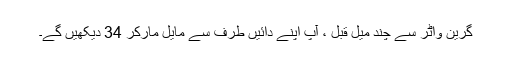
گرین واٹر سے چند میل قبل ، آپ اپنے دائیں طرف سے مایل مارکر 34 دیکھیں گے۔